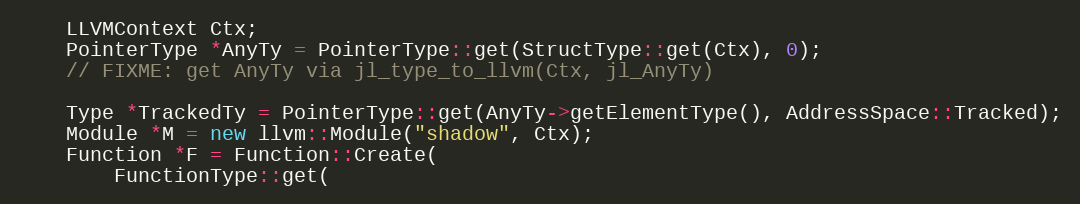
Language: C++
    LLVMContext Ctx;
    PointerType *AnyTy = PointerType::get(StructType::get(Ctx), 0);
    // FIXME: get AnyTy via jl_type_to_llvm(Ctx, jl_AnyTy)

    Type *TrackedTy = PointerType::get(AnyTy->getElementType(), AddressSpace::Tracked);
    Module *M = new llvm::Module("shadow", Ctx);
    Function *F = Function::Create(
        FunctionType::get(